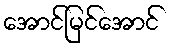
အောင်မြင်အောင်